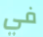
في